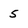
Character: s